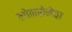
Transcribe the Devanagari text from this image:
लोकसेनेचा